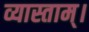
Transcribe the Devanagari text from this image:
व्यास्ताम्।